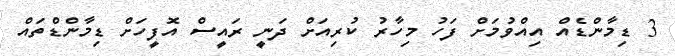
3 ޑިމާންޑެއް އިއްވުމަށް ފަހު މިހާރު ކުރިއަށް ދަނީ ރައީސް އޮފީހަށް ޑިމާންޑްތައް